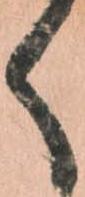
く